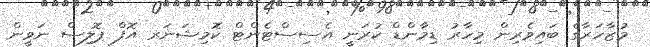
މުޒާހަރާގެ ބައިވެރިން މިހާރު ޑިމާންޑް ކުރަނީ އެސިސްޓެންޓް ކޮމިޝަނަރ އޮފް ޕޮލިސް ނަވީން